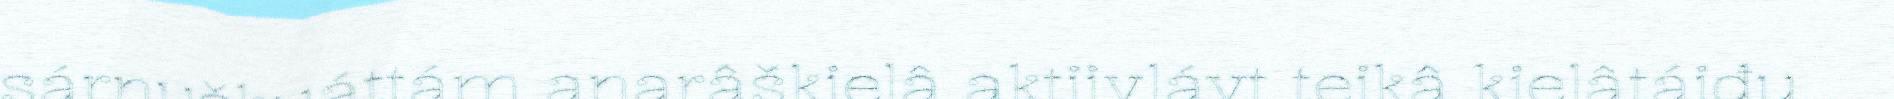
sárnuškuáttám anarâškielâ aktiivlávt teikâ kielâtáiđu